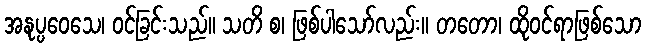
အနုပ္ပဝေသေ၊ ဝင်ခြင်းသည်။ သတိ စ၊ ဖြစ်ပါသော်လည်း။ တတော၊ ထိုဝင်ရာဖြစ်သော